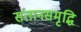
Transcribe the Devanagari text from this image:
संतानसमृद्धि